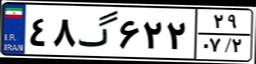
۲۶گ۲۰۵۳۵